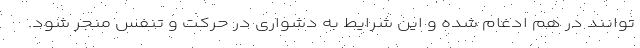
توانند در هم ادغام شده و این شرایط به دشواری در حرکت و تنفس منجر شود.